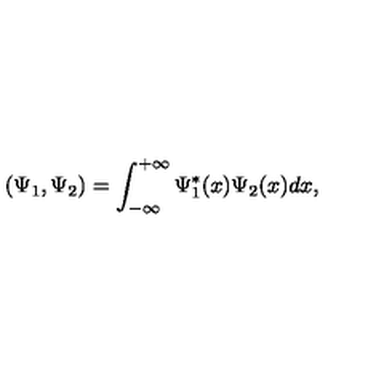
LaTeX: ( \Psi _ { 1 } , \Psi _ { 2 } ) = \int _ { - \infty } ^ { + \infty } \Psi _ { 1 } ^ { * } ( x ) \Psi _ { 2 } ( x ) d x ,